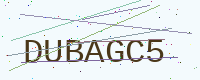
Text: DUBAGC5